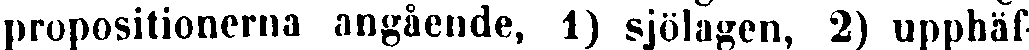
propositionerna angående, 1) sjölagen, 2) upphäf-